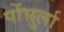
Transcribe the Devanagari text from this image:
पोंभुर्ला